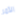
الأمر